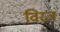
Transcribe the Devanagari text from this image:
विरजं